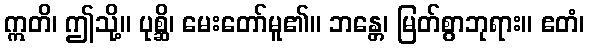
ဣတိ၊ ဤသို့။ ပုစ္ဆိ၊ မေးတော်မူ၏။ ဘန္တေ၊ မြတ်စွာဘုရား။ ဧတံ၊